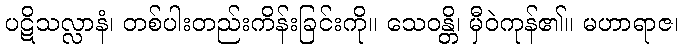
ပဋိသလ္လာနံ၊ တစ်ပါးတည်းကိန်းခြင်းကို။ သေဝန္တိ၊ မှီဝဲကုန်၏။ မဟာရာဇ၊